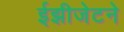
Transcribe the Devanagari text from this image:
ईझीजेटने